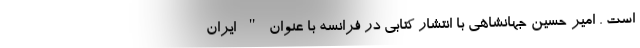
است . امیر حسین جهانشاهی با انتشار کتابی در فرانسه با عنوان " ایران